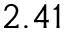
2 . 4 1